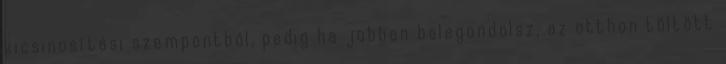
kicsinosítási szempontból, pedig ha jobban belegondolsz, az otthon töltött